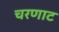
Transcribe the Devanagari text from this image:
चरणाट